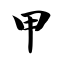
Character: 甲